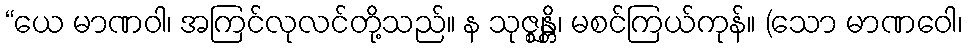
“ယေ မာဏဝါ၊ အကြင်လုလင်တို့သည်။ န သုဇ္ဈန္တိ၊ မစင်ကြယ်ကုန်။ (သော မာဏဝေါ၊